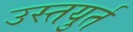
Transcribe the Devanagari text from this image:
उस्तयुर्त